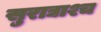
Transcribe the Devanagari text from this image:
सुराद्याश्च